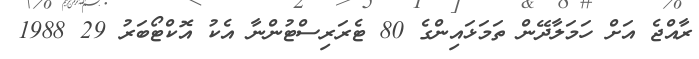
ރާއްޖެ އަށް ހަމަލާދޭން ތަމަޅައިންގެ 80 ޓެރަރިސްޓުންނާ އެކު އޮކްޓޯބަރު 29 1988